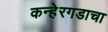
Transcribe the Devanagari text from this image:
कन्हेरगडाचा